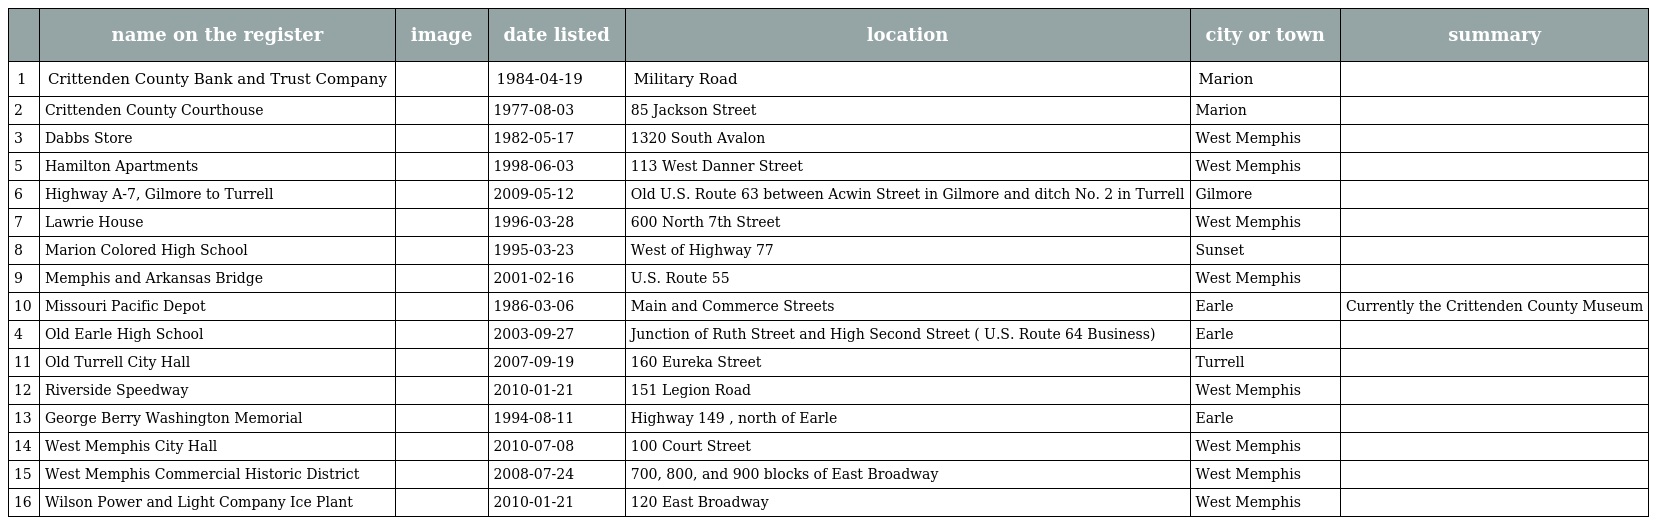
|  | name on the register | image | date listed | location | city or town | summary |
 | --- | --- | --- | --- | --- | --- | --- |
 | 1 | Crittenden County Bank and Trust Company |  | 1984-04-19 | Military Road | Marion |  |
 | 2 | Crittenden County Courthouse |  | 1977-08-03 | 85 Jackson Street | Marion |  |
 | 3 | Dabbs Store |  | 1982-05-17 | 1320 South Avalon | West Memphis |  |
 | 5 | Hamilton Apartments |  | 1998-06-03 | 113 West Danner Street | West Memphis |  |
 | 6 | Highway A-7, Gilmore to Turrell |  | 2009-05-12 | Old U.S. Route 63 between Acwin Street in Gilmore and ditch No. 2 in Turrell | Gilmore |  |
 | 7 | Lawrie House |  | 1996-03-28 | 600 North 7th Street | West Memphis |  |
 | 8 | Marion Colored High School |  | 1995-03-23 | West of Highway 77 | Sunset |  |
 | 9 | Memphis and Arkansas Bridge |  | 2001-02-16 | U.S. Route 55 | West Memphis |  |
 | 10 | Missouri Pacific Depot |  | 1986-03-06 | Main and Commerce Streets | Earle | Currently the Crittenden County Museum |
 | 4 | Old Earle High School |  | 2003-09-27 | Junction of Ruth Street and High Second Street ( U.S. Route 64 Business) | Earle |  |
 | 11 | Old Turrell City Hall |  | 2007-09-19 | 160 Eureka Street | Turrell |  |
 | 12 | Riverside Speedway |  | 2010-01-21 | 151 Legion Road | West Memphis |  |
 | 13 | George Berry Washington Memorial |  | 1994-08-11 | Highway 149 , north of Earle | Earle |  |
 | 14 | West Memphis City Hall |  | 2010-07-08 | 100 Court Street | West Memphis |  |
 | 15 | West Memphis Commercial Historic District |  | 2008-07-24 | 700, 800, and 900 blocks of East Broadway | West Memphis |  |
 | 16 | Wilson Power and Light Company Ice Plant |  | 2010-01-21 | 120 East Broadway | West Memphis |  |